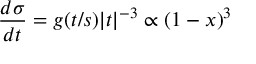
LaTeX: { \frac { d \sigma } { d t } } = g ( t / s ) | t | ^ { - 3 } \propto ( 1 - x ) ^ { 3 }